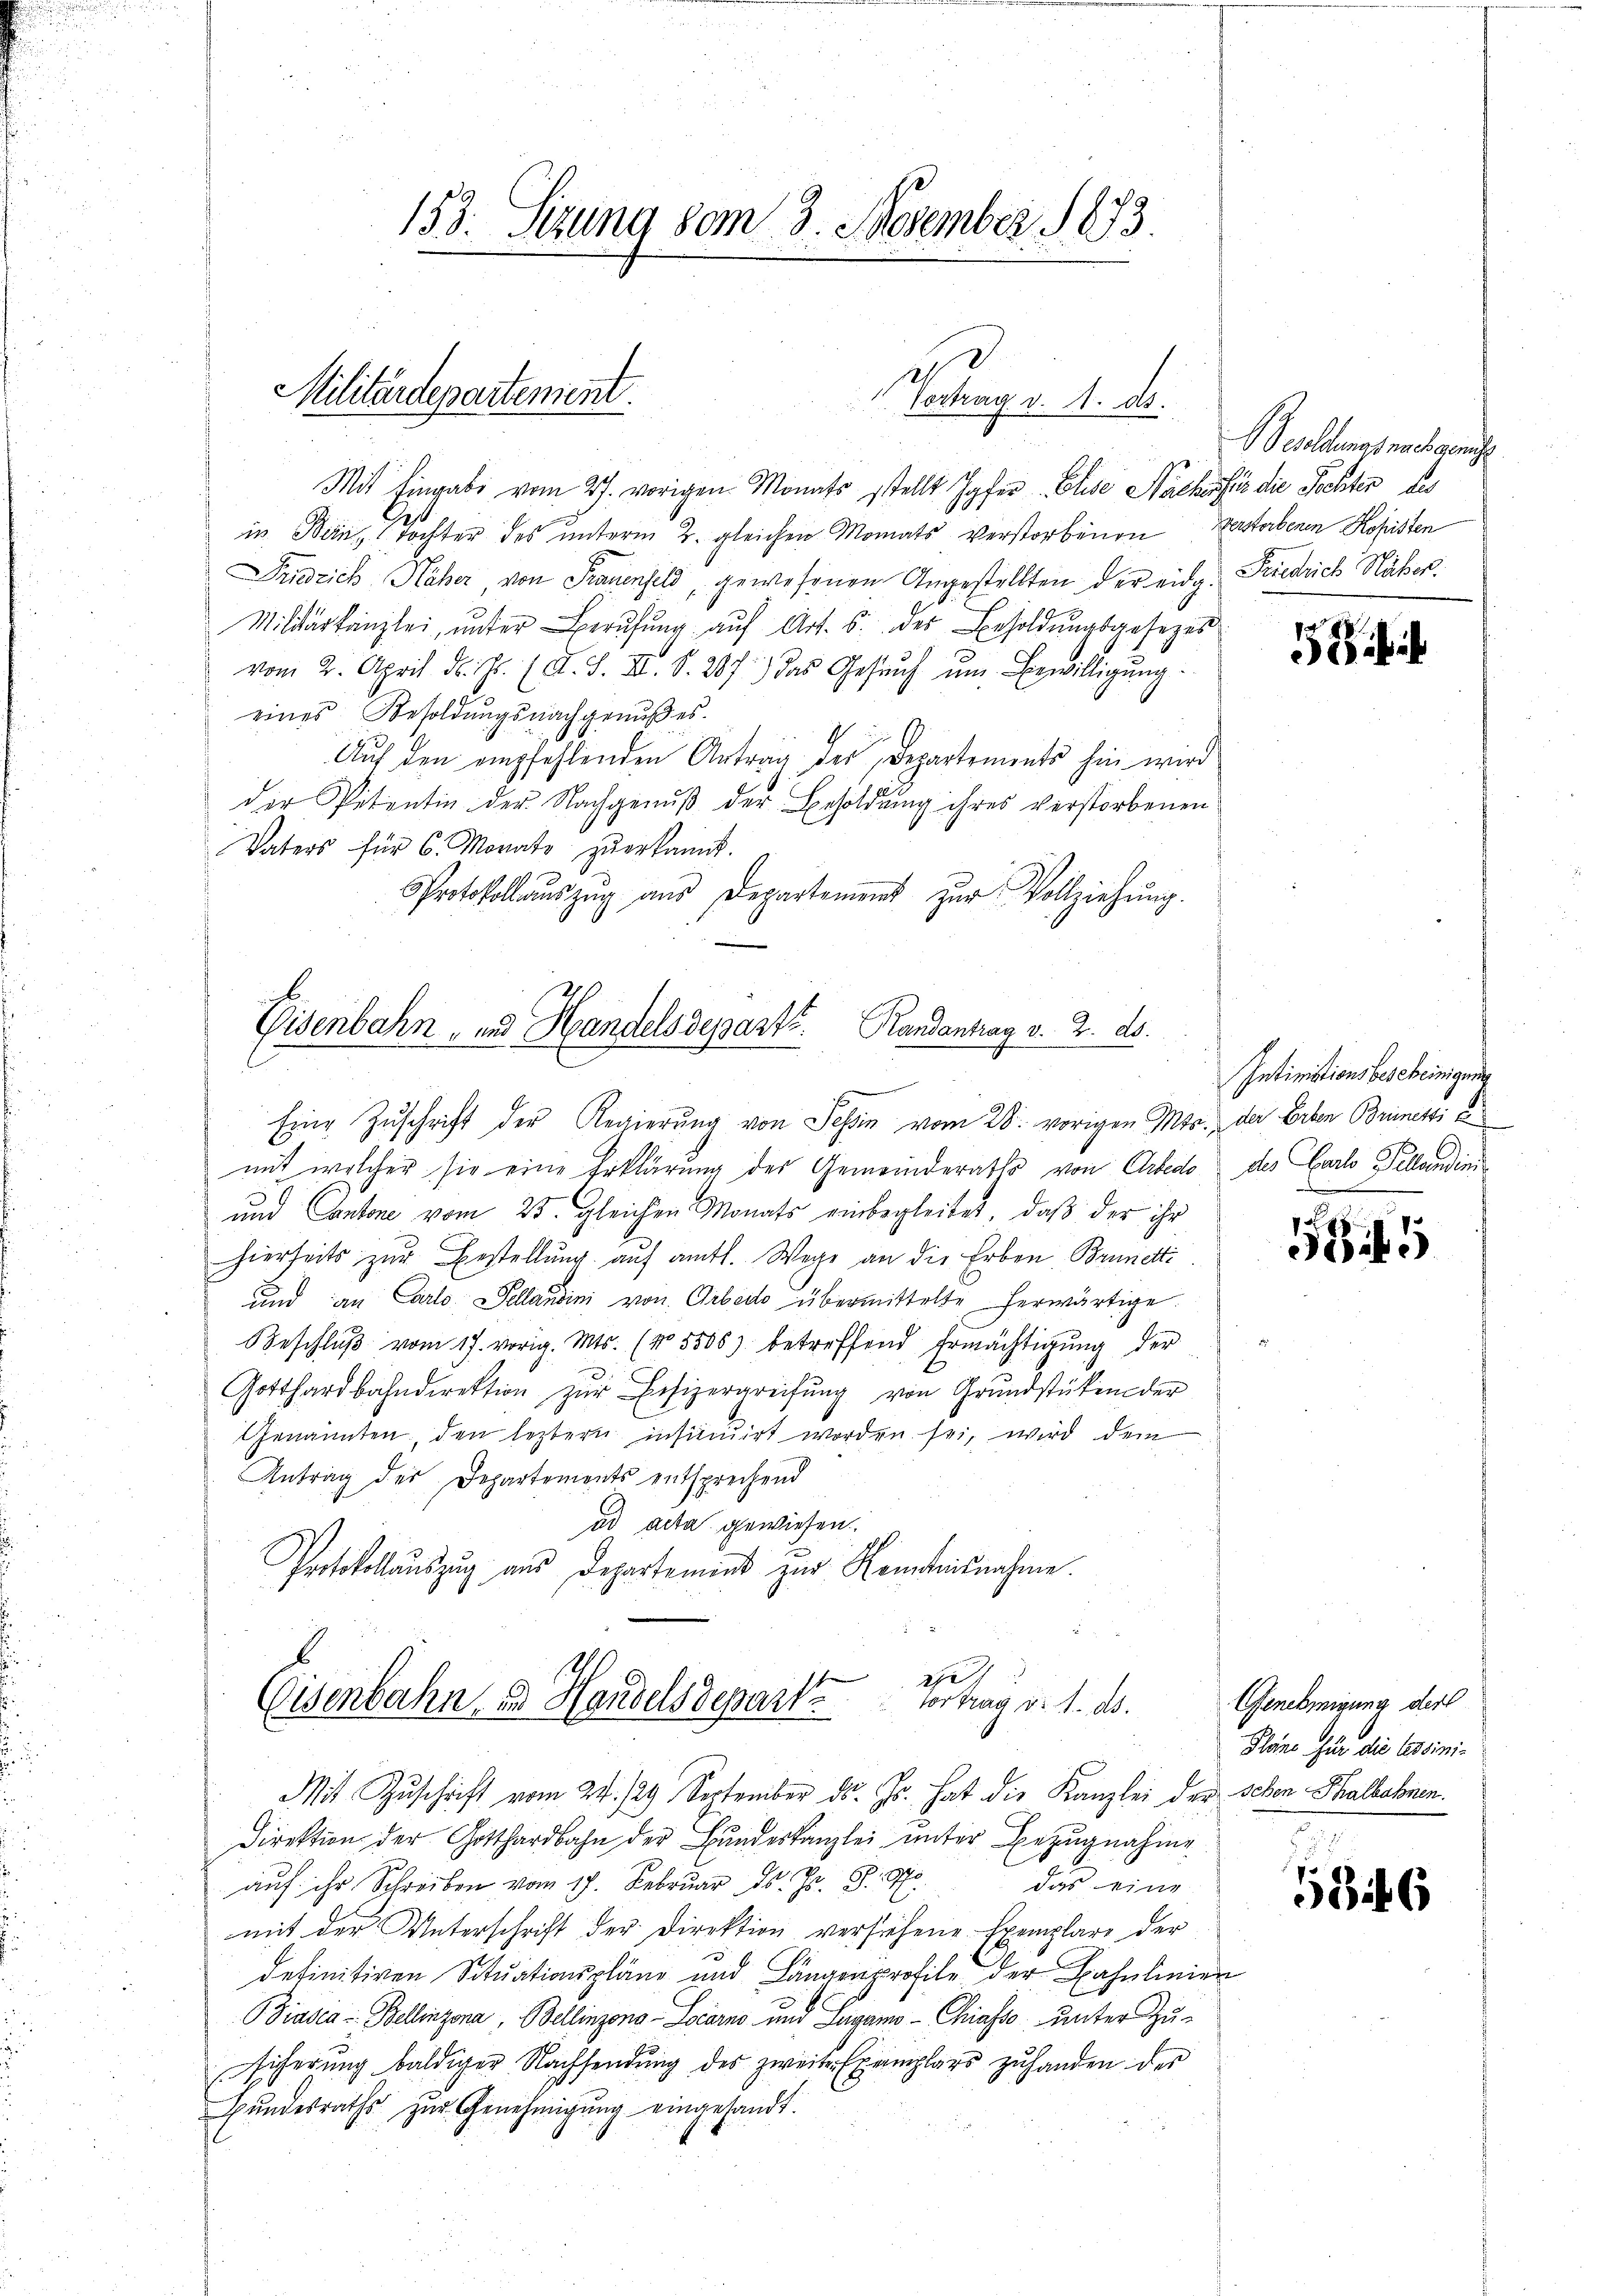
Militärdepartement.

153. Sitzung vom 3. November 1873.

etrag v. 1. d.

Mit Eingabe vom 27. vorigen Monats stellt Hofer Elise Nachsfir die Pachter des
in Bein, Tochter des ŭnterm 2. gleichen Monats verstorbenen Zerstorbenen Kopisten
Friedrich Näher von Frauenfeld, gewesenen Angestellten der eidg. Friedrich Häber.
Miliarkanzlei, unter Berufung auf Art. 5. der Besoldungsgesezes
vom 2. April d. Js. (T. S. XI. S. 287.) Das Gesŭch ŭm Bewilligŭng.
eines Besoldŭngsnachgenŭβes.
G
Auf den empfehlenden Antrag der Departements hin wird
der Petentin der Nachgenuß der Besoldung ihres verstorbenen
Vaters für 6. Monats zŭerkannt.
Protokoll aŭszŭg aŭs Departement zŭr Vollziehŭng.

Eisenbahn- und Handelsdeparte. Randantrag v. 2. ds.

2
Eisenbahn, in Handelsdeparte Vortrag v. 1. ds.

Besoldungs nach gericht

Eine Zŭschrift der Regierŭng von Tessin vom 28. vorigen Mts., der Erben Brinetti e
 mit welcher sie eine Erklärung des Gemeinderaths von Arbedo des Carl Fellandin¬
und Cantone vom 25. gleichen Monats einbegleitet, daß der ihr
hierseits zur Bestellung auf amtl. Wege an die Erben Brunetti
und an Carlo Sellandini von Arbeit übermittelte herwärtige
Beschlŭβ vom 17. vorig. Mts. (No 5500) betreffend Ermächtigŭng der
Gotthardbahndirektion zŭr Besizergreifung von Grundstükender
Genannten, den leztern insinuirt worden sei, wird dem
Antrag der Departements entsprechend
ad acta gewiesen.
Protokollauszug aus Departement zur Kenntnisnahme.

Mit Zuschrift vom 24. 129. September ds. Js. hat die Kanzlei der sehen Thalbahnen.
Direktion der Gotthardbahn der Bundeskanzlei unter Bezugnahme
auf ihr Schreiben vom 17. Februar d. Js. S. O.
das eine
mit der Unterschrift der Direktion versichene Exemplars der
definitiven Situationspläne und Längenprofile der Bahnlinien
Biasca - Bellinzona, Bellinzona - Locarno und Lugano -Chiasso unter Zu-
sicherung baldiger Nachsendung des zweiten Exemplars zuhanden der
Gŭndesraths zŭr Genehmigŭng eingesandt.

i

Intiniationsbescheinigung

i

Genehmigung der
Pläne für die Cessini-

1846